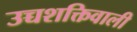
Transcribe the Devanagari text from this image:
उच्चशक्तिवाली